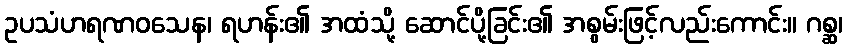
ဥပသံဟရဏဝသေန၊ ရဟန်း၏ အထံသို့ ဆောင်ပို့ခြင်း၏ အစွမ်းဖြင့်လည်းကောင်း။ ဂစ္ဆ၊